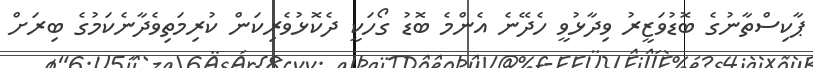
ޕާކިސްތާނުގެ ބޮޑުވަޒީރު ވިދާޅުވީ ހެދޭނެ އެންމެ ބޮޑު ގޯހަކީ ދެކޮޅުވެރިކަން ކުރިމަތިވެދާނެކަމުގެ ބިރަށް